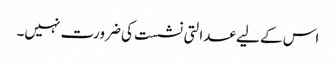
اس کے لیے عدالتی نشست کی ضرورت نہیں۔